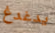
يدغدغ